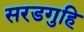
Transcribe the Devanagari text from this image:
सरडगुहि